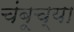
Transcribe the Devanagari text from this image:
चंबूच्या